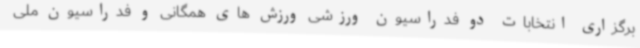
برگزاری انتخابات دو فدراسیون ورزشی ورزش های همگانی و فدراسیون ملی